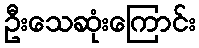
ဦးသေဆုံးကြောင်း